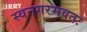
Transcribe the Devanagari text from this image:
स्वनगरमवतः